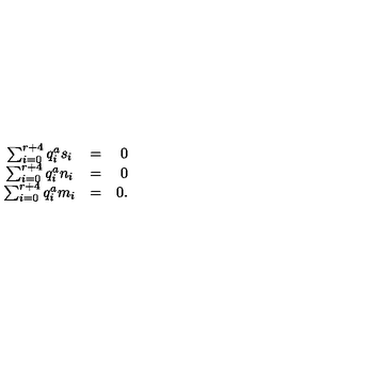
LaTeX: \begin{array} { c l r } { \sum _ { i = 0 } ^ { r + 4 } q _ { i } ^ { a } s _ { i } } & { = } & { 0 } \\ { \sum _ { i = 0 } ^ { r + 4 } q _ { i } ^ { a } n _ { i } } & { = } & { 0 } \\ { \sum _ { i = 0 } ^ { r + 4 } q _ { i } ^ { a } m _ { i } } & { = } & { 0 . } \\ \end{array}